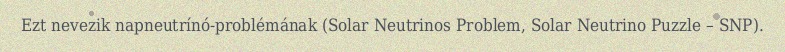
Ezt nevezik napneutrínó-problémának (Solar Neutrinos Problem, Solar Neutrino Puzzle – SNP).